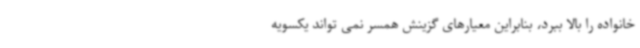
خانواده را بالا ببرد، بنابراین معیارهای گزینش همسر نمی تواند یکسویه